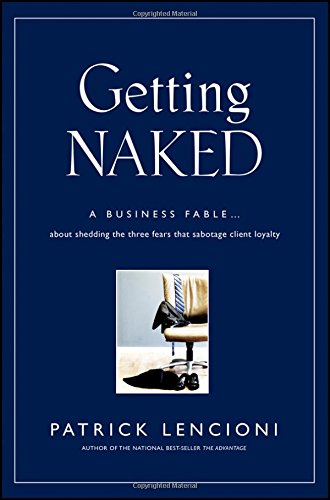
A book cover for Getting Naked: A Business Fable About Shedding The Three Fears That Sabotage Client Loyalty; Patrick Lencioni; Business & Money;